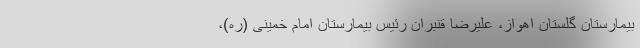
بیمارستان گلستان اهواز، علیرضا قنبران رئیس بیمارستان امام خمینی (ره)،